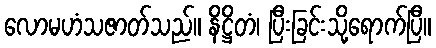
လောမဟံသဇာတ်သည်။ နိဋ္ဌိတံ၊ ပြီးခြင်းသို့ရောက်ပြီ။